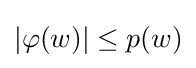
|\varphi (w)|\leq p(w)